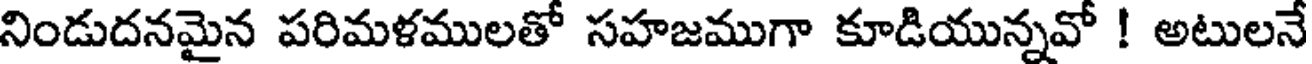
నిండుదనమైన పరిమళములతో సహజముగా కూడియున్నవో ! అటులనే